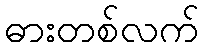
ဓားတစ်လက်